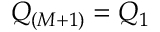
Q _ { ( M + 1 ) } = Q _ { 1 }